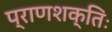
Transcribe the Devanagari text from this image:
प्राणशक्तिः